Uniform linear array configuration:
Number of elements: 64
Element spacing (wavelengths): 1
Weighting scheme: kaiser
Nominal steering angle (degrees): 30
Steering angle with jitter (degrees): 29.634
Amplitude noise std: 0.05
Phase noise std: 0.05

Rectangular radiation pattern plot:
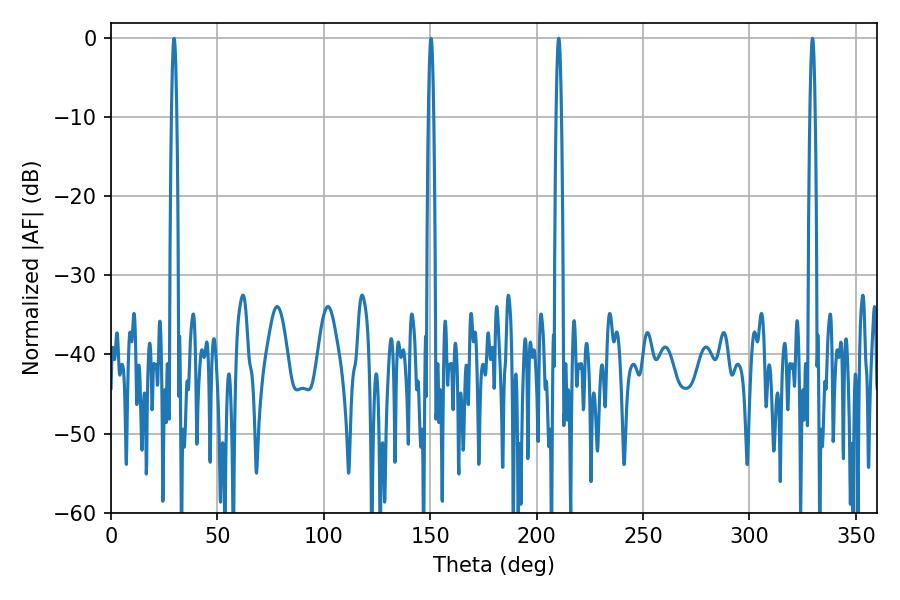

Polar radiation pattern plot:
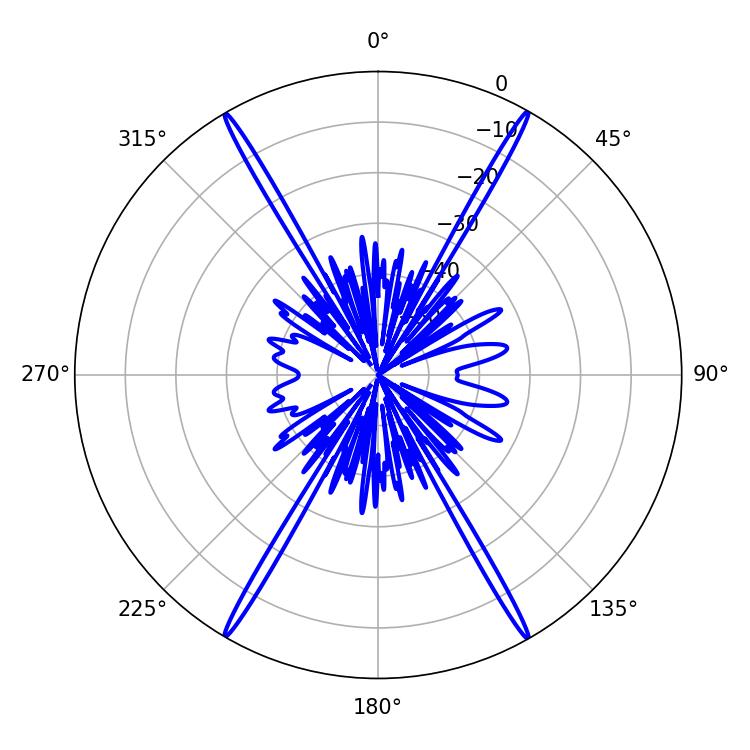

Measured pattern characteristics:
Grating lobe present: TRUE
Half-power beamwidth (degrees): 1.26
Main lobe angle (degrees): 210.42